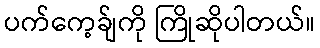
ပက်ကေ့ခ်ျကို ကြိုဆိုပါတယ်။